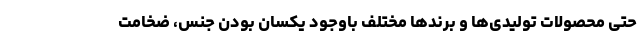
حتی محصولات تولیدی‌ها و برندها مختلف باوجود یکسان بودن جنس، ضخامت